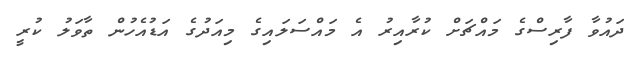
ދައުވާ ފާރިސްގެ މައްޗަށް ކުރާއިރު އެ މައްސަލައިގެ މިއަދުގެ އަޑުއެހުން ތާވަލު ކުރީ